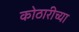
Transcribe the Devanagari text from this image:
कोठारीच्या